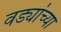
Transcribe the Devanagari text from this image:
वड्यांच्या